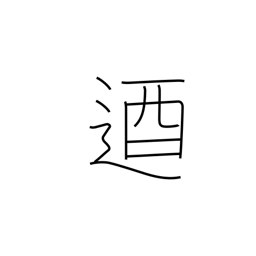
Meaning: unyielding